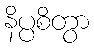
နိပ္ပစိတွာ